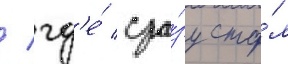
/ гд'е́ сра́зу ста́л